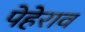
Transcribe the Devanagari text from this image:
पेहेराव